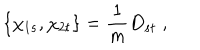
\{ \chi _ { 1 s } , \chi _ { 2 t } \} = \frac { 1 } { m } D _ { s t } \; ,